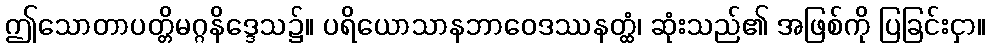
ဤသောတာပတ္တိမဂ္ဂနိဒ္ဒေသ၌။ ပရိယောသာနဘာဝေဒဿနတ္ထံ၊ ဆုံးသည်၏ အဖြစ်ကို ပြခြင်းငှာ။